Report of the Bombay Veterinary College
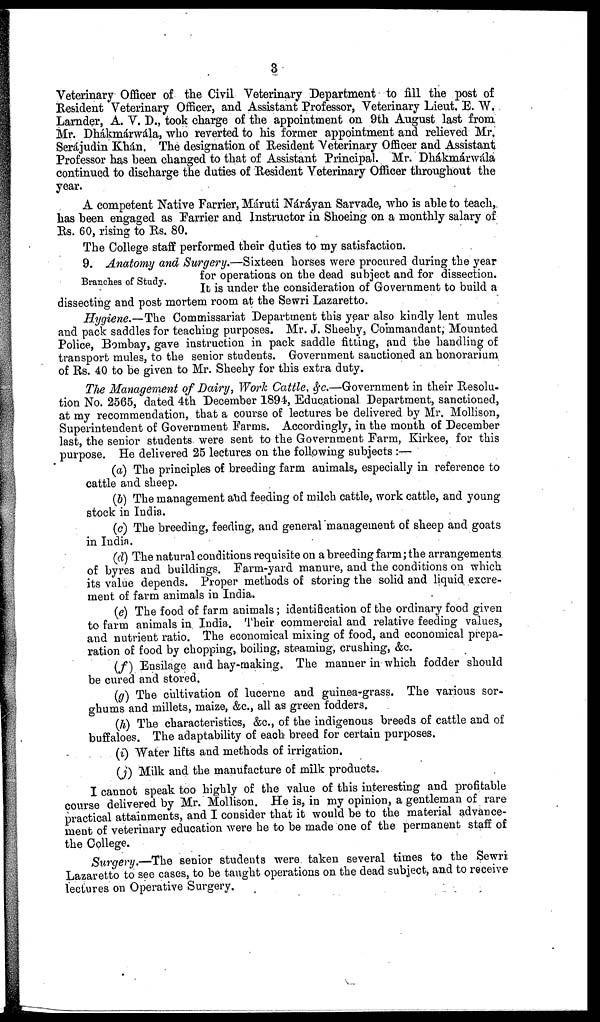
3
Veterinary Officer of the Civil Veterinary Department to fill the post of
Resident Veterinary Officer, and Assistant Professor, Veterinary Lieut. E. W.
Larnder, A. V. D., took charge of the appointment on 9th August last from
Mr. Dhákmárwála, who reverted to his former appointment and relieved Mr.
Serájudin Khán. The designation of Resident Veterinary Officer and Assistant
Professor has been changed to that of Assistant Principal. Mr. Dhákmárwála
continued to discharge the duties of Resident Veterinary Officer throughout the
year.
A competent Native Farrier, Máruti Náráyan Sarvade, who is able to teach,
has been engaged as Farrier and Instructor in Shoeing on a monthly salary of
Rs. 60, rising to Rs. 80.
The College staff performed their duties to my satisfaction.
Branches of Study.
9. Anatomy and Surgery.—Sixteen horses were procured during the year
for operations on the dead subject and for dissection.
It is under the consideration of Government to build a
dissecting and post mortem room at the Sewri Lazaretto.
Hygiene.—The Commissariat Department this year also kindly lent mules
and pack saddles for teaching purposes. Mr. J. Sheehy, Commandant, Mounted
Police, Bombay, gave instruction in pack saddle fitting, and the handling of
transport mules, to the senior students. Government sanctioned an honorarium
of Rs. 40 to be given to Mr. Sheehy for this extra duty.
The Management of Dairy, Work Cattle, &c.—Government in their Resolu-
tion No. 2565, dated 4th December 1894, Educational Department, sanctioned,
at my recommendation, that a course of lectures be delivered by Mr. Mollison,
Superintendent of Government Farms. Accordingly, in the month of December
last, the senior students were sent to the Government Farm, Kirkee, for this
purpose. He delivered 25 lectures on the following subjects :—
(a) The principles of breeding farm animals, especially in reference to
cattle and sheep.
(b) The management and feeding of milch cattle, work cattle, and young
stock in India.
(c) The breeding, feeding, and general management of sheep and goats
in India.
(d) The natural conditions requisite on a breeding farm; the arrangements
of byres and buildings. Farm-yard manure, and the conditions on which
its value depends. Proper methods of storing the solid and liquid excre-
ment of farm animals in India.
(e) The food of farm animals; identification of the ordinary food given
to farm animals in India. Their commercial and relative feeding values,
and nutrient ratio. The economical mixing of food, and economical prepa-
ration of food by chopping, boiling, steaming, crushing, &c.
(f) Ensilage and hay-making. The manner in which fodder should
be cured and stored.
(g) The cultivation of lucerne and guinea-grass. The various sor-
ghums and millets, maize, &c., all as green fodders.
(h) The characteristics, &c., of the indigenous breeds of cattle and of
buffaloes. The adaptability of each breed for certain purposes.
(i) Water lifts and methods of irrigation.
(j) Milk and the manufacture of milk products.
I cannot speak too highly of the value of this interesting and profitable
course delivered by Mr. Mollison. He is, in my opinion, a gentleman of rare
practical attainments, and I consider that it would be to the material advance-
ment of veterinary education were he to be made one of the permanent staff of
the College.
Surgery.—The senior students were taken several times to the Sewri
Lazaretto to see cases, to be taught operations on the dead subject, and to receive
lectures on Operative Surgery.